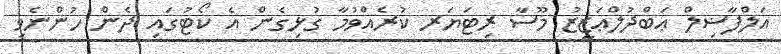
އަލްފާޟިލް ޢަބްދުލްޢަޒީޒު މޫސާ ރިޓަޔަރ ކުރެއްވުމާ ގުޅިގެން އެ ކޯޓުގައި ދެން ހުންނެވި